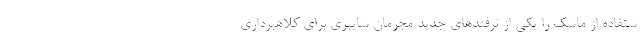
ستفاده از ماسک را یکی از ترفندهای جدید مجرمان سایبری برای کلاهبرداری